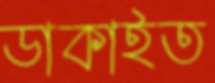
ডাকাইত